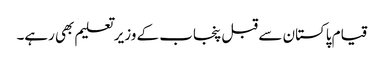
قیام پاکستان سے قبل پنجاب کے وزیر تعلیم بھی رہے۔